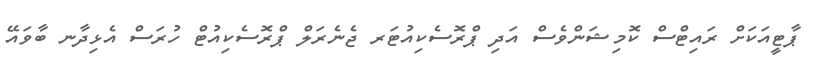
ޕާޓީއަކަށް ރައިޓްސް ކޮމިޝަންވެސް އަދި ޕްރޮސެކިއުޓަރ ޖެނެރަލް ޕްރޮސެކިއުޓް ހުރަސް އެޅިދާނ ބާވައޭ